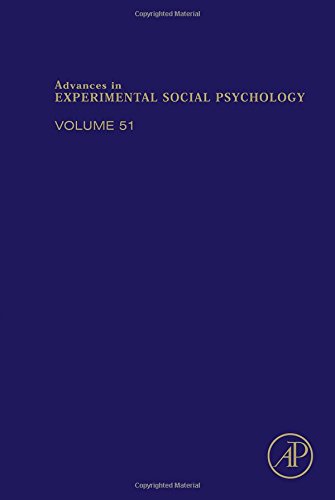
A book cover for Advances in Experimental Social Psychology, Volume 51; Medical Books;